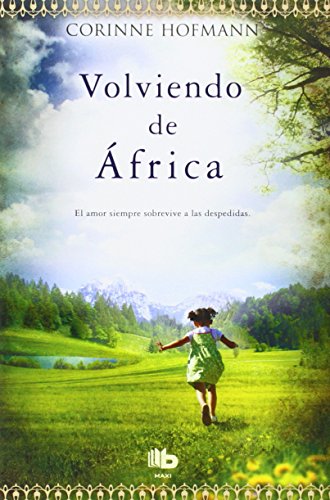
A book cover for Volviendo de Africa (Spanish Edition); Corinne Corinne; Travel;